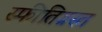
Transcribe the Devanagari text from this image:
स्फीतिग्रस्त